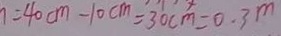
= 4 0 c m - 1 0 c m = 3 0 c m = 0 . 3 m